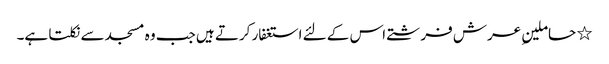
٭ حاملینِ عرش فرشتے اس کے لئے استغفار کرتے ہیں جب وہ مسجد سے نکلتا ہے۔